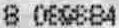
8 089884